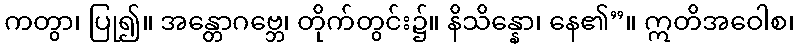
ကတွာ၊ ပြု၍။ အန္တောဂဗ္ဘေ၊ တိုက်တွင်း၌။ နိသိန္နော၊ နေ၏”။ ဣတိအဝေါစ၊